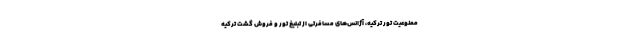
ممنوعیت تور ترکیه، آژانس‌های مسافرتی از تبلیغ تور و فروش گشت ترکیه